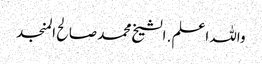
واللہ اعلم . الشیخ محمد صالح المنجد